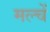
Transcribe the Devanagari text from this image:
मल्चें